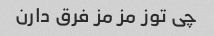
چی توز مز مز فرق دارن